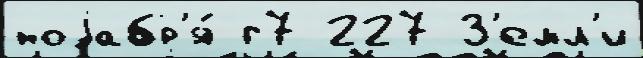
ноjабр'я́ г7 227 З'емл'и